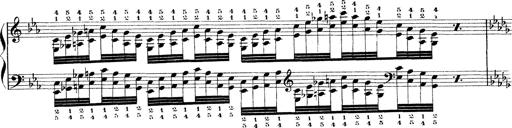
Title: Technische Studien
Composer: Franz Liszt